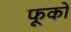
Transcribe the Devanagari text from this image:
फूकों